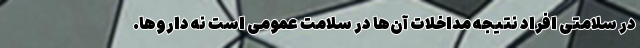
در سلامتی افراد نتیجه مداخلات آن‌ها در سلامت عمومی است نه داروها.